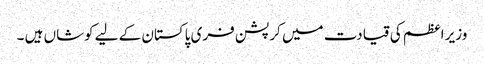
وزیر اعظم کی قیادت میں کرپشن فری پاکستان کے لیے کوشاں ہیں ۔